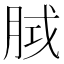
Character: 𭨵